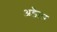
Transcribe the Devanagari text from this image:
अडैप्टर